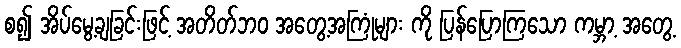
စ၍ အိပ်မွေ့ချခြင်းဖြင့် အတိတ်ဘဝ အတွေ့အကြုံများ ကို ပြန်ပြောကြသော ကမ္ဘာ့ အတွေ့